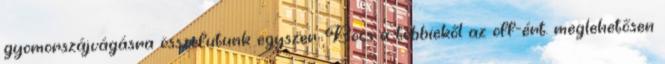
gyomorszájvágásra összefutunk egyszer. Bocs a többiekől az off-ért. meglehetősen